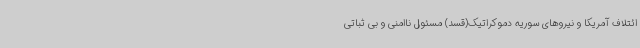
ائتلاف آمریکا و نیروهای سوریه دموکراتیک(قسد) مسئول ناامنی و بی ثباتی